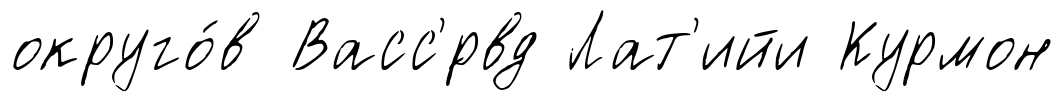
округо́в Васс'́рвд Лат'ийи Курмон